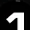
Digit: 1